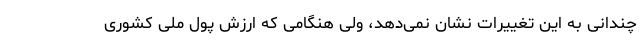
چندانی به این تغییرات نشان نمی‌دهد، ولی هنگامی که ارزش پول ملی کشوری